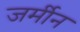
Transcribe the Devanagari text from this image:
जर्मीन